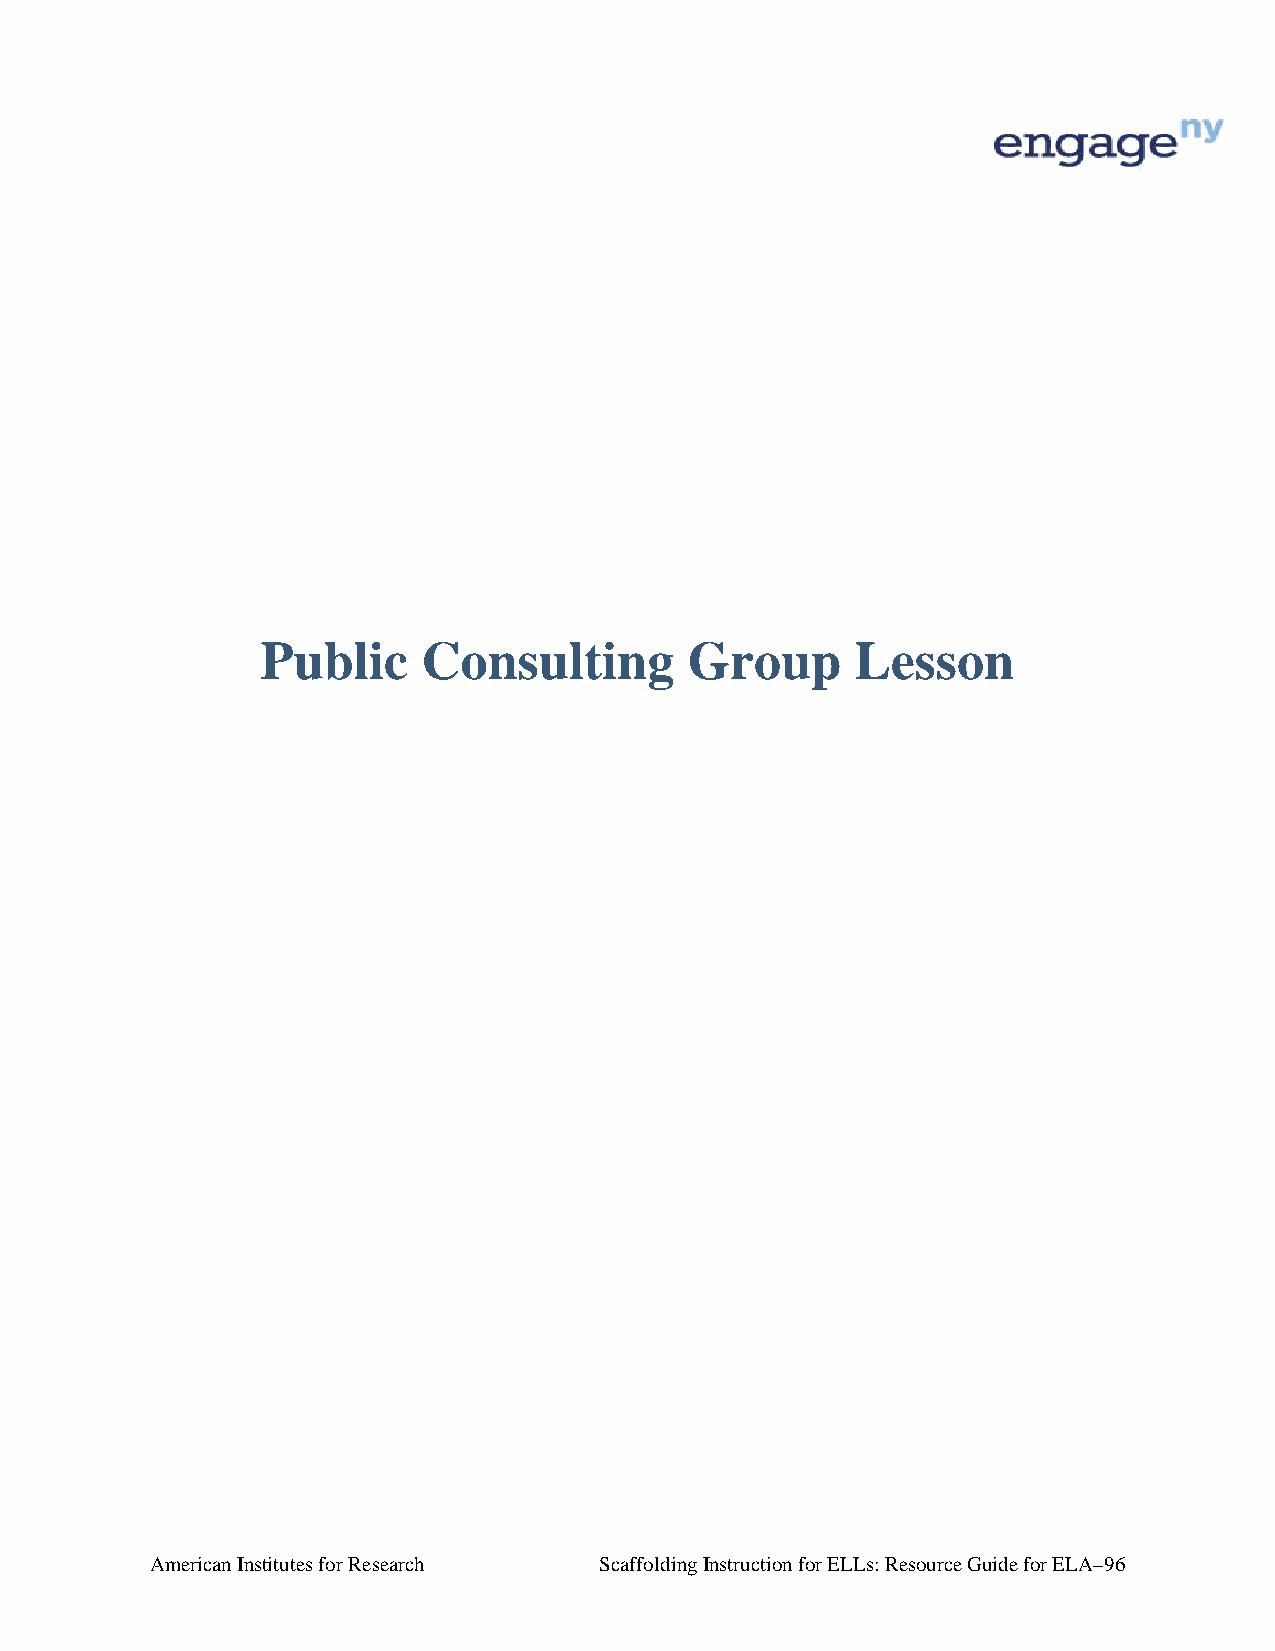
Public     Consulting        Group      Lesson
 American Institutes for Research Scaffolding Instruction for ELLs: Resource Guide for ELA–96